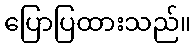
ပြောပြထားသည်။